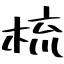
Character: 梳